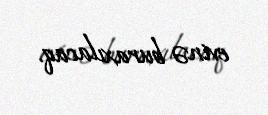
evinə buraxılacaq.